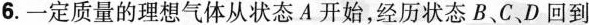
6.一定质量的理想气体从状态A开始，经历状态B、C、D回到